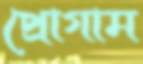
প্রোগাম